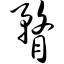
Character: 瞀